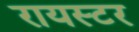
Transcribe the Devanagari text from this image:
रायस्टर